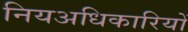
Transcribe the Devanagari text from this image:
नियअधिकारियों